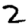
Digit: 2